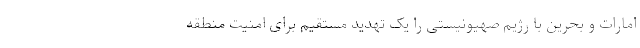
امارات و بحرین با رژیم صهیونیستی را یک تهدید مستقیم برای امنیت منطقه